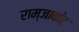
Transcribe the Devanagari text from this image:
राम्जाकोट